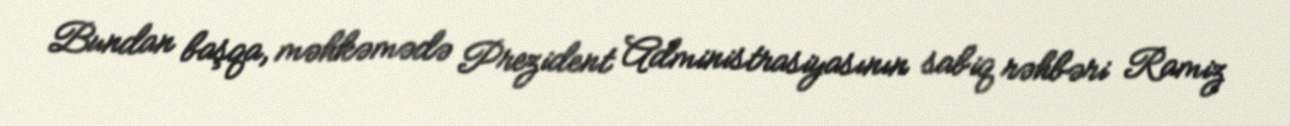
Bundan başqa, məhkəmədə Prezident Administrasiyasının sabiq rəhbəri Ramiz